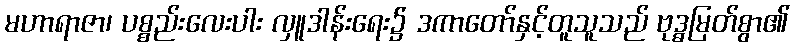
မဟာရာဇာ၊ ပစ္စည်းလေးပါး လှူဒါန်းရေး၌ ဒကာတော်နှင့်တူသူသည် ဗုဒ္ဓမြတ်စွာ၏